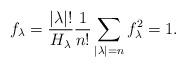
LaTeX: \begin{align*}f_\lambda = \frac{|\lambda| !}{H_\lambda} \frac{1}{n!}\sum_{|\lambda| =n} f_\lambda^2=1.\end{align*}